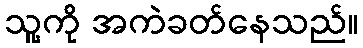
သူ့ကို အကဲခတ်နေသည်။